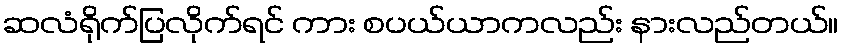
ဆလံရိုက်ပြလိုက်ရင် ကား စပယ်ယာကလည်း နားလည်တယ်။